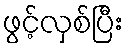
ဖွင့်လှစ်ပြီး